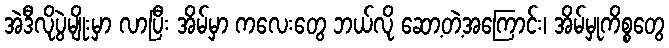
အဲဒီလိုပွဲမျိုးမှာ လာပြီး အိမ်မှာ ကလေးတွေ ဘယ်လို ဆော့တဲ့အကြောင်း၊ အိမ်မှုကိစ္စတွေ